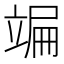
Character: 𥪒